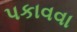
પકાવવા